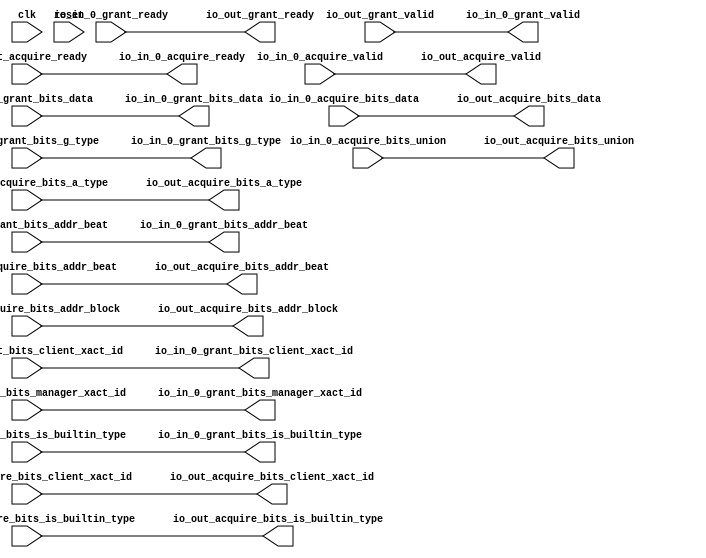
module ClientUncachedTileLinkIOArbiter_1(
  input   clk,
  input   reset,
  output  io_in_0_acquire_ready,
  input   io_in_0_acquire_valid,
  input  [25:0] io_in_0_acquire_bits_addr_block,
  input  [1:0] io_in_0_acquire_bits_client_xact_id,
  input  [2:0] io_in_0_acquire_bits_addr_beat,
  input   io_in_0_acquire_bits_is_builtin_type,
  input  [2:0] io_in_0_acquire_bits_a_type,
  input  [11:0] io_in_0_acquire_bits_union,
  input  [63:0] io_in_0_acquire_bits_data,
  input   io_in_0_grant_ready,
  output  io_in_0_grant_valid,
  output [2:0] io_in_0_grant_bits_addr_beat,
  output [1:0] io_in_0_grant_bits_client_xact_id,
  output  io_in_0_grant_bits_manager_xact_id,
  output  io_in_0_grant_bits_is_builtin_type,
  output [3:0] io_in_0_grant_bits_g_type,
  output [63:0] io_in_0_grant_bits_data,
  input   io_out_acquire_ready,
  output  io_out_acquire_valid,
  output [25:0] io_out_acquire_bits_addr_block,
  output [1:0] io_out_acquire_bits_client_xact_id,
  output [2:0] io_out_acquire_bits_addr_beat,
  output  io_out_acquire_bits_is_builtin_type,
  output [2:0] io_out_acquire_bits_a_type,
  output [11:0] io_out_acquire_bits_union,
  output [63:0] io_out_acquire_bits_data,
  output  io_out_grant_ready,
  input   io_out_grant_valid,
  input  [2:0] io_out_grant_bits_addr_beat,
  input  [1:0] io_out_grant_bits_client_xact_id,
  input   io_out_grant_bits_manager_xact_id,
  input   io_out_grant_bits_is_builtin_type,
  input  [3:0] io_out_grant_bits_g_type,
  input  [63:0] io_out_grant_bits_data
);
  assign io_in_0_acquire_ready = io_out_acquire_ready;
  assign io_in_0_grant_valid = io_out_grant_valid;
  assign io_in_0_grant_bits_addr_beat = io_out_grant_bits_addr_beat;
  assign io_in_0_grant_bits_client_xact_id = io_out_grant_bits_client_xact_id;
  assign io_in_0_grant_bits_manager_xact_id = io_out_grant_bits_manager_xact_id;
  assign io_in_0_grant_bits_is_builtin_type = io_out_grant_bits_is_builtin_type;
  assign io_in_0_grant_bits_g_type = io_out_grant_bits_g_type;
  assign io_in_0_grant_bits_data = io_out_grant_bits_data;
  assign io_out_acquire_valid = io_in_0_acquire_valid;
  assign io_out_acquire_bits_addr_block = io_in_0_acquire_bits_addr_block;
  assign io_out_acquire_bits_client_xact_id = io_in_0_acquire_bits_client_xact_id;
  assign io_out_acquire_bits_addr_beat = io_in_0_acquire_bits_addr_beat;
  assign io_out_acquire_bits_is_builtin_type = io_in_0_acquire_bits_is_builtin_type;
  assign io_out_acquire_bits_a_type = io_in_0_acquire_bits_a_type;
  assign io_out_acquire_bits_union = io_in_0_acquire_bits_union;
  assign io_out_acquire_bits_data = io_in_0_acquire_bits_data;
  assign io_out_grant_ready = io_in_0_grant_ready;
endmodule